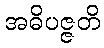
အဓိပဇ္ဇတိ